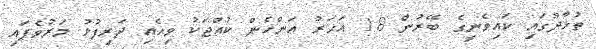
ތުޅާދޫގައި ކައިވެނީގެ ބޭރުން 18 އަހަރު އަންހެން ކުއްޖަކު ވިހެއި ދަރިފުޅު މަރުވެފައި